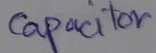
Text: Capacitor